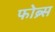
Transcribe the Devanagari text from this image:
फोब्र्स